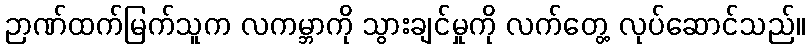
ဉာဏ်ထက်မြက်သူက လကမ္ဘာကို သွားချင်မှုကို လက်တွေ့ လုပ်ဆောင်သည်။